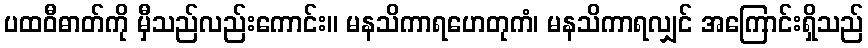
ပထဝီဓာတ်ကို မှီသည်လည်းကောင်း။ မနသိကာရဟေတုကံ၊ မနသိကာရလျှင် အကြောင်းရှိသည်